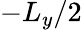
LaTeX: -L_{y}/2